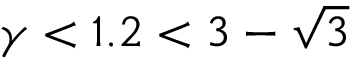
\gamma < 1 . 2 < 3 - \sqrt { 3 }